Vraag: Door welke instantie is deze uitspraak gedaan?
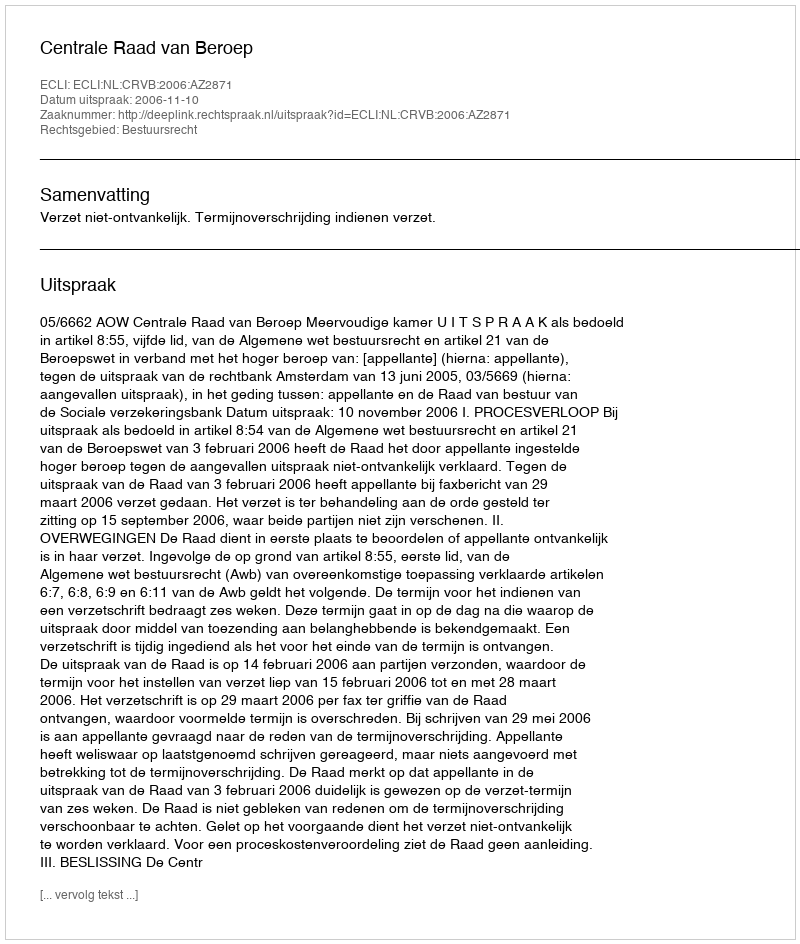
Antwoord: Centrale Raad van Beroep